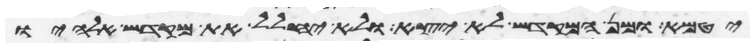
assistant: יטמא ומן המקדש לא יצא ולא יחלל את מקדש אלהיו